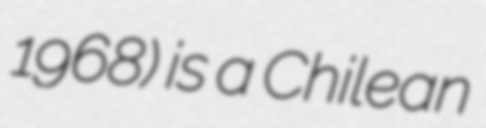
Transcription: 1968) is a Chilean